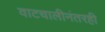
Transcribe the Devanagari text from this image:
वाटचालीनंतरही